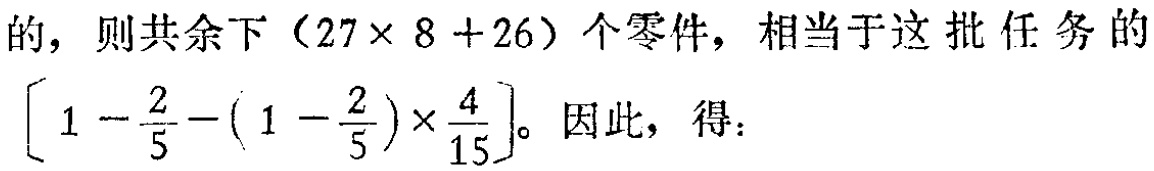
的，则共余下\((27\times 8 + 26)\)个零件，相当于这批任务的\(\left[1 - \dfrac{2}{5} - \left(1 - \dfrac{2}{5}\right)\times\dfrac{4}{15}\right]\)。因此，得：